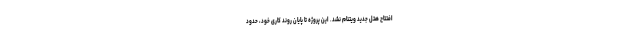
افتتاح هتل جدید ویتنام نشد. این پروژه تا پایان روند کاری خود، حدود